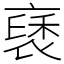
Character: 褎